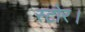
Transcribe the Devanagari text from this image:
स्टोर।